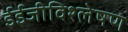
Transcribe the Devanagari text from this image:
ईईजीविश्लेषण